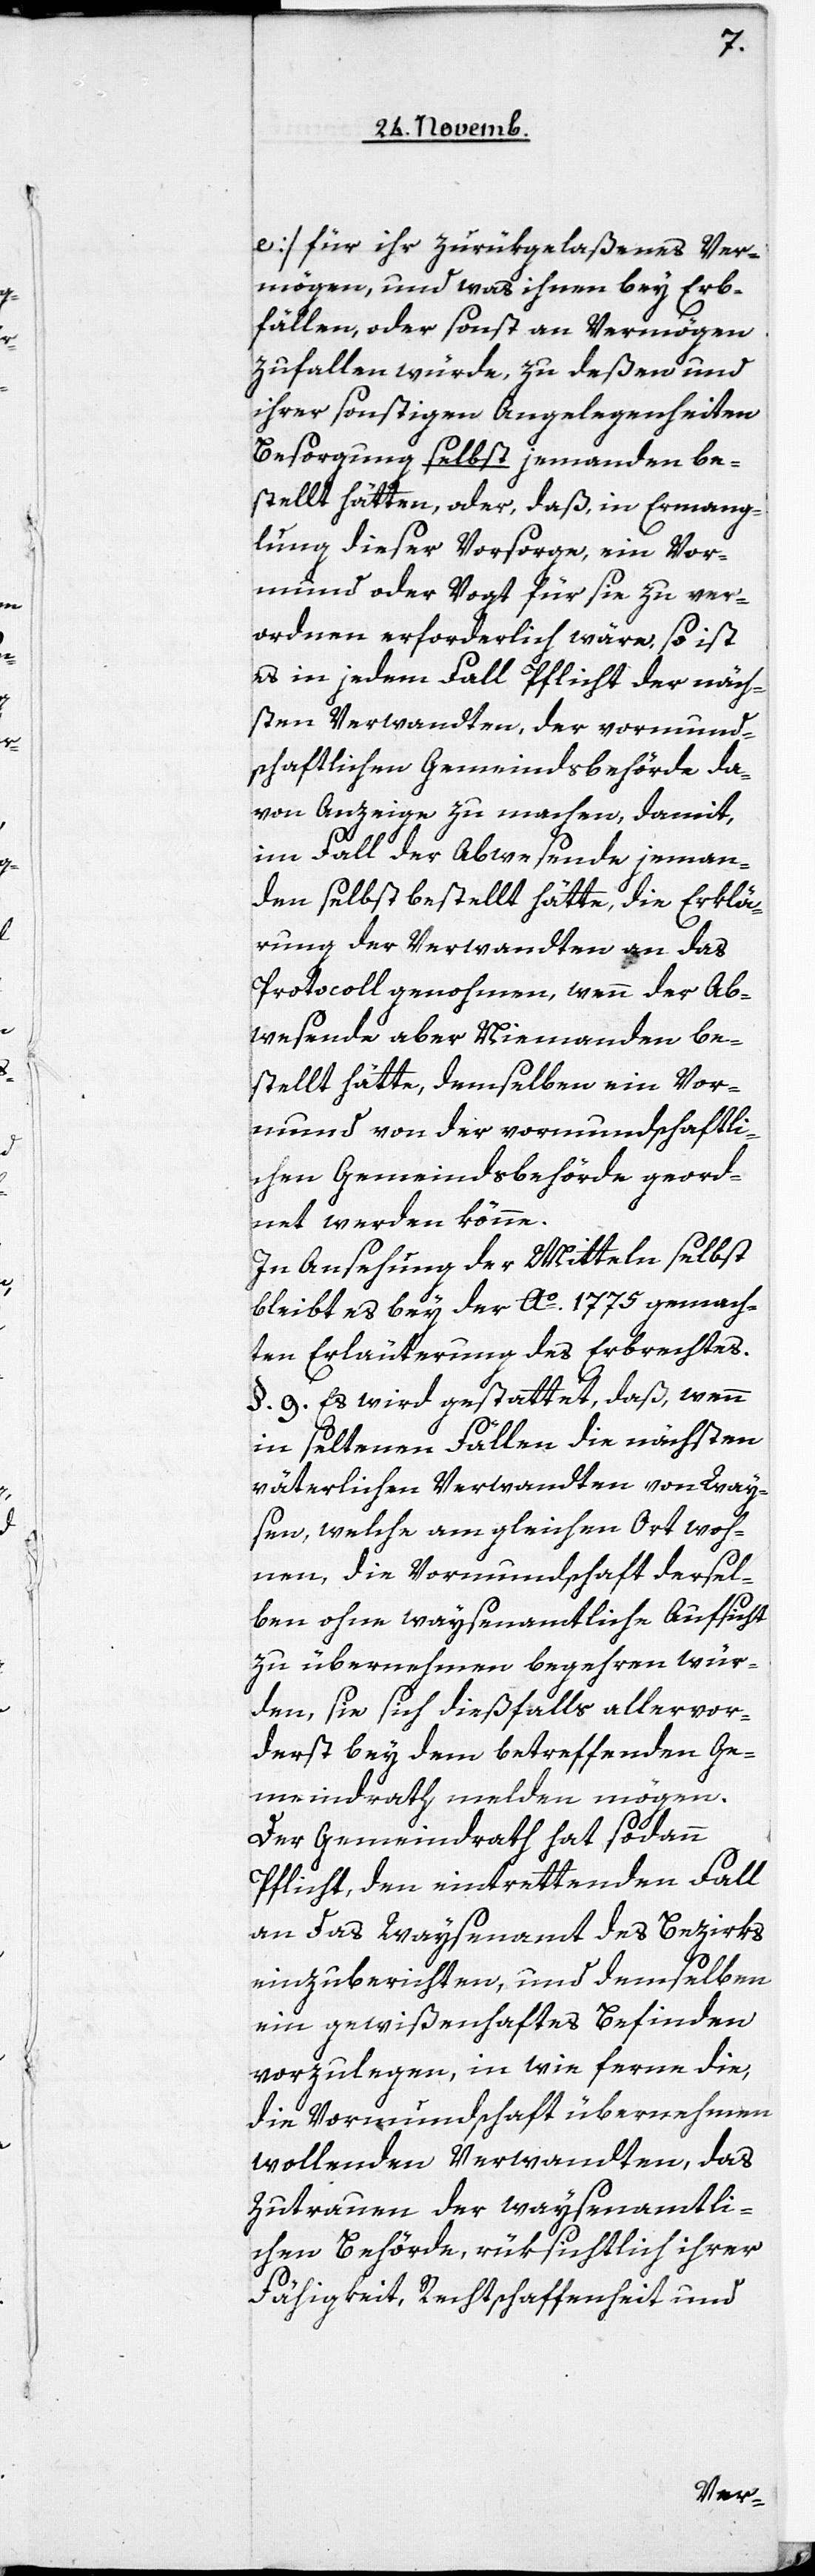
e] für ihr zurükgelaßenes Ver¬
mögen, und was ihnen bey Erb¬
fällen, oder sonst an Vermögen
zufallen würde, zu deßen und
ihrer sonstigen Angelegenheiten
Bersorgung selbst jemanden be¬
stellt hätten, oder, daß in Ermange¬
lung dieser Vorsorge, ein Vor¬
mund oder Vogt für sie zu ver¬
ordnen erforderlich wäre, so ist
es in jedem Fall Pflicht der näch¬
sten Verwandten, der vormund¬
schaftlichen Gemeindsbehörde da¬
von Anzeige zu machen, damit,
im Fall der Abwesende jeman¬
den selbst bestellt hätte, die Erklä¬
rung der Verwandten an das
Protocoll genohmen, wenn der Ab¬
wesende aber Niemanden be¬
stellt hätte, demselben ein Vor¬
mund von der vormundschaftli¬
chen Gemeindsbehörde geord¬
net werden könne.
In Ansehung der Mitteln selbst
bleibt es bey der Ao 1775 gemach¬
ten Erläuterung des Erbrechtes.
§. 9. Es wird gestattet, daß, wenn
in seltenen Fällen die nächsten
väterlichen Verwandten von Way¬
sen, welche am gleichen Ort woh¬
nen, die Vormundschaft dersel¬
ben ohne waysenamtliche Aufsicht
zu übernehmen begehren wür¬
den, sie sich dießfalls allervor¬
derst bey dem betreffenden Ge¬
meindrath melden mögen.
Der Gemeindrath hat sodann
Pflicht, den eintrettenden Fall
an das Waysenamt des Bezirks
einzuberichten, und demselben
ein gewißenhaftes Befinden
vorzulegen, in wie ferne die,
die Vormundschaft übernehmen
wollenden Verwandten, das
Zutrauen der waysenamtli¬
chen Behörde, rüksichtlich ihrer
Fähigkeit, Rechtschafenheit und